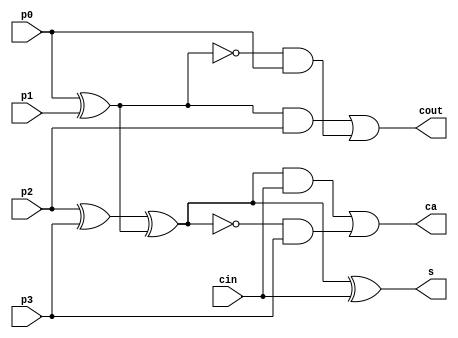
/*Copyright 2019-2021 T-Head Semiconductor Co., Ltd.

Licensed under the Apache License, Version 2.0 (the "License");
you may not use this file except in compliance with the License.
You may obtain a copy of the License at

    http://www.apache.org/licenses/LICENSE-2.0

Unless required by applicable law or agreed to in writing, software
distributed under the License is distributed on an "AS IS" BASIS,
WITHOUT WARRANTIES OR CONDITIONS OF ANY KIND, either express or implied.
See the License for the specific language governing permissions and
limitations under the License.
*/

module compressor_42(p0,p1,p2,p3,cin,s,ca,cout);
parameter B_SIZE = 8;
  
input  [B_SIZE-1:0] p0;
input  [B_SIZE-1:0] p1;
input  [B_SIZE-1:0] p2;
input  [B_SIZE-1:0] p3;
input  [B_SIZE-1:0] cin;
output [B_SIZE-1:0] s;
output [B_SIZE-1:0] ca;
output [B_SIZE-1:0] cout;

wire   [B_SIZE-1:0]  xor0;
wire   [B_SIZE-1:0]  xor1;
wire   [B_SIZE-1:0]  xor2;
wire   [B_SIZE-1:0]  s;
wire   [B_SIZE-1:0]  ca;
wire   [B_SIZE-1:0]  cout;

assign xor0[B_SIZE-1:0] = p0[B_SIZE-1:0] ^ p1[B_SIZE-1:0];
assign xor1[B_SIZE-1:0] = p2[B_SIZE-1:0] ^ p3[B_SIZE-1:0];
assign xor2[B_SIZE-1:0] = xor1[B_SIZE-1:0] ^ xor0[B_SIZE-1:0];

//cout is used for input cin
assign cout[B_SIZE-1:0] = xor0[B_SIZE-1:0] & p2[B_SIZE-1:0]
                        | (~xor0[B_SIZE-1:0] & p0[B_SIZE-1:0]);
assign s[B_SIZE-1:0]    = xor2[B_SIZE-1:0] ^ cin[B_SIZE-1:0];
assign ca[B_SIZE-1:0]   = xor2[B_SIZE-1:0] & cin[B_SIZE-1:0]
                        | ~xor2[B_SIZE-1:0] & p3[B_SIZE-1:0];

endmodule